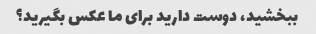
ببخشید، دوست دارید برای ما عکس بگیرید؟